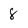
Character: 8